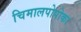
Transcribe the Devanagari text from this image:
चिमालपोपोका